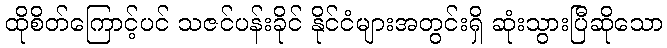
ထိုစိတ်ကြောင့်ပင် သဇင်ပန်းခိုင် နိုင်ငံများအတွင်းရှိ ဆုံးသွားပြီဆိုသော